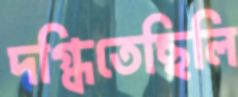
দগ্ধিতেছিলি